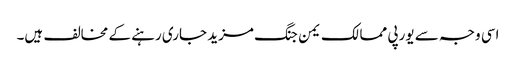
اسی وجہ سے یورپی ممالک یمن جنگ مزید جاری رہنے کے مخالف ہیں۔